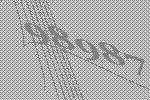
98987